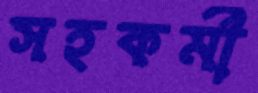
সহকর্মী